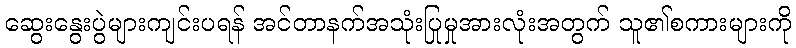
ဆွေးနွေးပွဲများကျင်းပရန် အင်တာနက်အသုံးပြုမှုအားလုံးအတွက် သူ၏စကားများကို